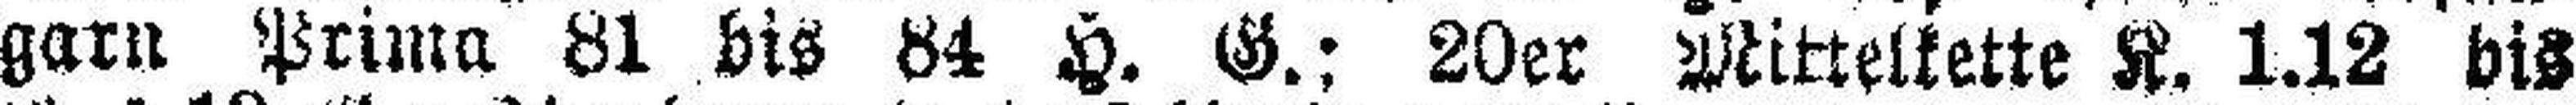
garn Prima 81 bis 84 H. G.; 20er Mittelkette K. 1.12 bis